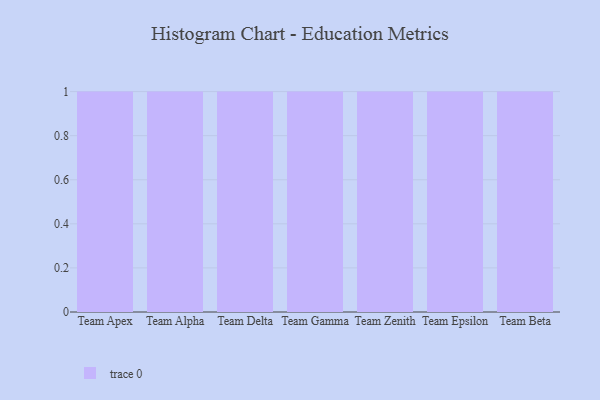
{"axis": {"x": "Team", "y": "Page Views"}, "legend": [""], "data": [{"x": "Team Apex", "y": 96, "type": ""}, {"x": "Team Alpha", "y": 66, "type": ""}, {"x": "Team Delta", "y": 100, "type": ""}, {"x": "Team Gamma", "y": 82, "type": ""}, {"x": "Team Zenith", "y": 72, "type": ""}, {"x": "Team Epsilon", "y": 91, "type": ""}, {"x": "Team Beta", "y": 56, "type": ""}]}